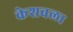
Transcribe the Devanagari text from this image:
केशवला